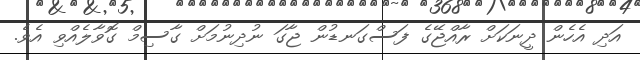
އަދި އެހެން ދީނަކަށް ރާއްޖޭގެ ފަސްގަނޑުން ޖާގަ ނުދިނުމަށް ގާސިމް ގޮވާލެއްވި އެވެ.